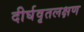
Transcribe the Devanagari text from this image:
दीर्घवृतलक्षण